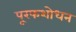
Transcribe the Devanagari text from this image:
पू्रफशोधन